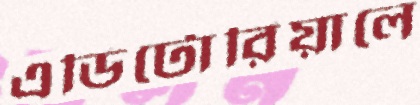
এডিটোরিয়ালে